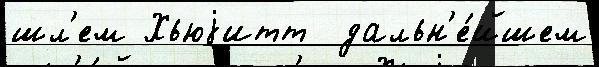
шл'ем Хьюjитт  дальн'е́йшем